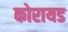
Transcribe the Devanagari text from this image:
कोरायड